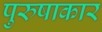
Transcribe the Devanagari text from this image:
पुरुषाकार